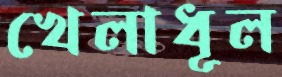
খেলাধূল